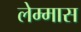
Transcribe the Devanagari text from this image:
लेम्मास